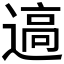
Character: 𰻊